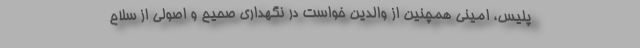
پلیس، امینی همچنین از والدین خواست در نگهداری صحیح و اصولی از سلاح